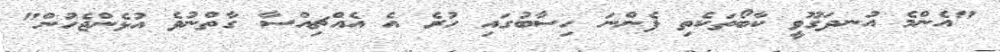
"އެންމެ އުނދަގޫވީ ކާބޯތަކެތި ފެންނަ ހިސާބުގައި ހުރެ އެ އެއްޗިއްސާ ގާތްނުވެ އުޅެންޖެހުން"